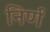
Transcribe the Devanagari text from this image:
निर्ण